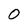
Character: O